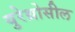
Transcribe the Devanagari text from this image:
युरेथ्रोसील